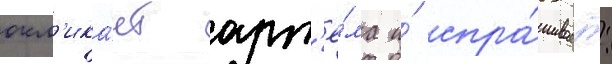
окл'ика́ет арт'ё́ма и́ спра́шивает: